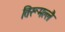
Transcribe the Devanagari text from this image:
तिरूमल्लै